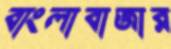
বাংলাবাজার